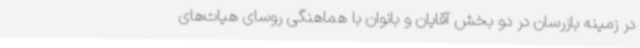
در زمینه بازرسان در دو بخش آقایان و بانوان با هماهنگی روسای هیات‌های